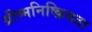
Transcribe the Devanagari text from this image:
ग्रीष्मनिष्क्रियता